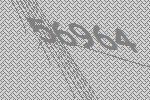
56964